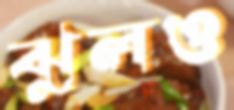
ঝুলও